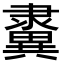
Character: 𨾂